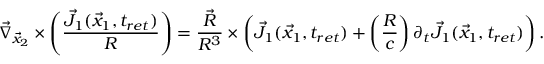
\vec { \nabla } _ { \vec { x } _ { 2 } } \times \left( \frac { \vec { J } _ { 1 } ( \vec { x } _ { 1 } , t _ { r e t } ) } { R } \right) = \frac { \vec { R } } { R ^ { 3 } } \times \left( \vec { J } _ { 1 } ( \vec { x } _ { 1 } , t _ { r e t } ) + \left( \frac { R } { c } \right) \partial _ { t } \vec { J } _ { 1 } ( \vec { x } _ { 1 } , t _ { r e t } ) \right) .